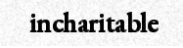
incharitable